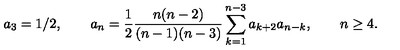
a _ { 3 } = 1 / 2 , \qquad a _ { n } = { \frac { 1 } { 2 } } { \frac { n ( n - 2 ) } { ( n - 1 ) ( n - 3 ) } } \sum _ { k = 1 } ^ { n - 3 } a _ { k + 2 } a _ { n - k } , \qquad n \ge 4 .